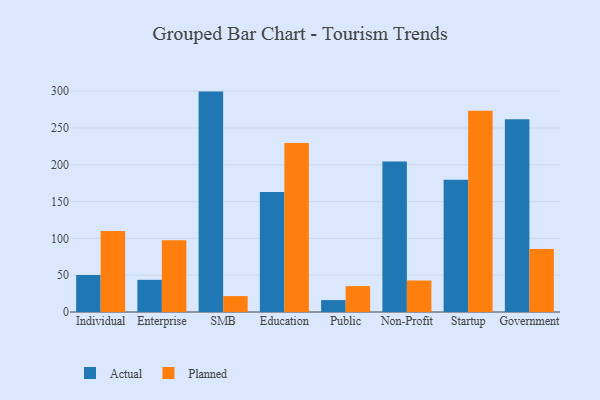
{"axis": {"x": "Segment", "y": "Satisfaction Score"}, "legend": ["Actual", "Planned"], "data": [{"x": "Individual", "y": 50.2, "type": "Actual"}, {"x": "Individual", "y": 109.9, "type": "Planned"}, {"x": "Enterprise", "y": 43.7, "type": "Actual"}, {"x": "Enterprise", "y": 97.6, "type": "Planned"}, {"x": "SMB", "y": 299.4, "type": "Actual"}, {"x": "SMB", "y": 21.6, "type": "Planned"}, {"x": "Education", "y": 163.0, "type": "Actual"}, {"x": "Education", "y": 229.7, "type": "Planned"}, {"x": "Public", "y": 16.2, "type": "Actual"}, {"x": "Public", "y": 35.2, "type": "Planned"}, {"x": "Non-Profit", "y": 204.3, "type": "Actual"}, {"x": "Non-Profit", "y": 42.8, "type": "Planned"}, {"x": "Startup", "y": 179.5, "type": "Actual"}, {"x": "Startup", "y": 273.4, "type": "Planned"}, {"x": "Government", "y": 261.7, "type": "Actual"}, {"x": "Government", "y": 85.6, "type": "Planned"}]}